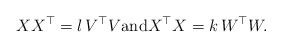
LaTeX: \begin{align*}XX^\top = l \, V^\top V\mbox{and} X^\top X =k \, W^\top W.\end{align*}